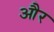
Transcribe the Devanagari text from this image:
और